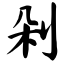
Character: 剁